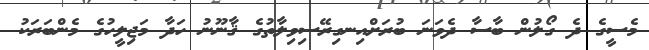
މެސީގެ ދެ ގޯލުން ބާސާ ދެވަނަ ބުރަށްއިނގިރޭސިވިލާތުގެ ޤާނޫނު ހަދާ މަޖިލީހުގެ މެންބަރަކު